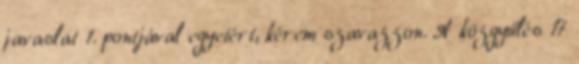
javaslat 1. pontjával egyetért, kérem szavazzon. A közgyűlés 17